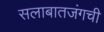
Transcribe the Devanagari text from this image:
सलाबातजंगची